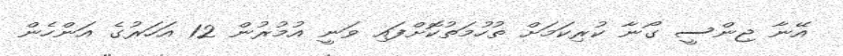
އޭނާ ޖިންސީ ގޯނާ ކުރިކަމަށް ތުހުމަތުކޮށްފައި ވަނީ އުމުރުން 12 އަހަރުގެ އަންހެން